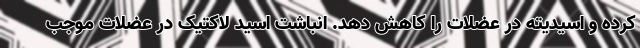
کرده و اسیدیته در عضلات را کاهش دهد. انباشت اسید لاکتیک در عضلات موجب